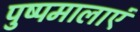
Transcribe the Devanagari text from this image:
पुष्पमालाएं